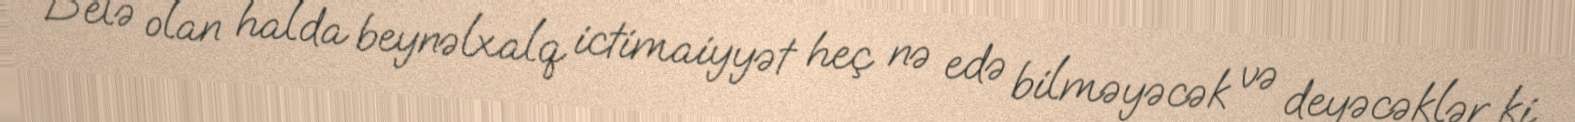
Belə olan halda beynəlxalq ictimaiyyət heç nə edə bilməyəcək və deyəcəklər ki,